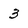
Character: 3